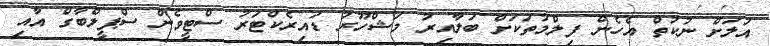
އަލަށް ނުކުތް އެހެން ފިލްމުތަކަށް ބަލާއިރު މަޝްހޫރު ޑައިރެކްޓަރު ސްޓީވެން ސްޕީލްބާގް އާއި